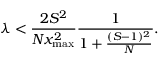
\lambda < \frac { 2 S ^ { 2 } } { N x _ { \mathrm { m a x } } ^ { 2 } } \frac { 1 } { 1 + \frac { ( S - 1 ) ^ { 2 } } { N } } .